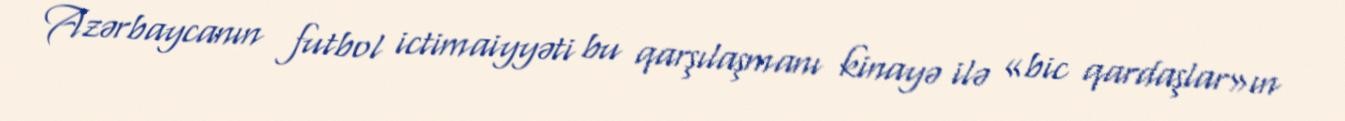
Azərbaycanın futbol ictimaiyyəti bu qarşılaşmanı kinayə ilə «bic qardaşlar»ın